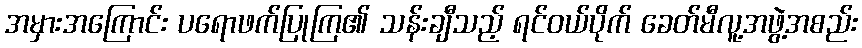
အမှားအကြောင်း ပရောဖက်ပြုကြ၏ သန်းချီသည့် ရင်ဝယ်ပိုက် ခေတ်မီလူ့အဖွဲ့အစည်း